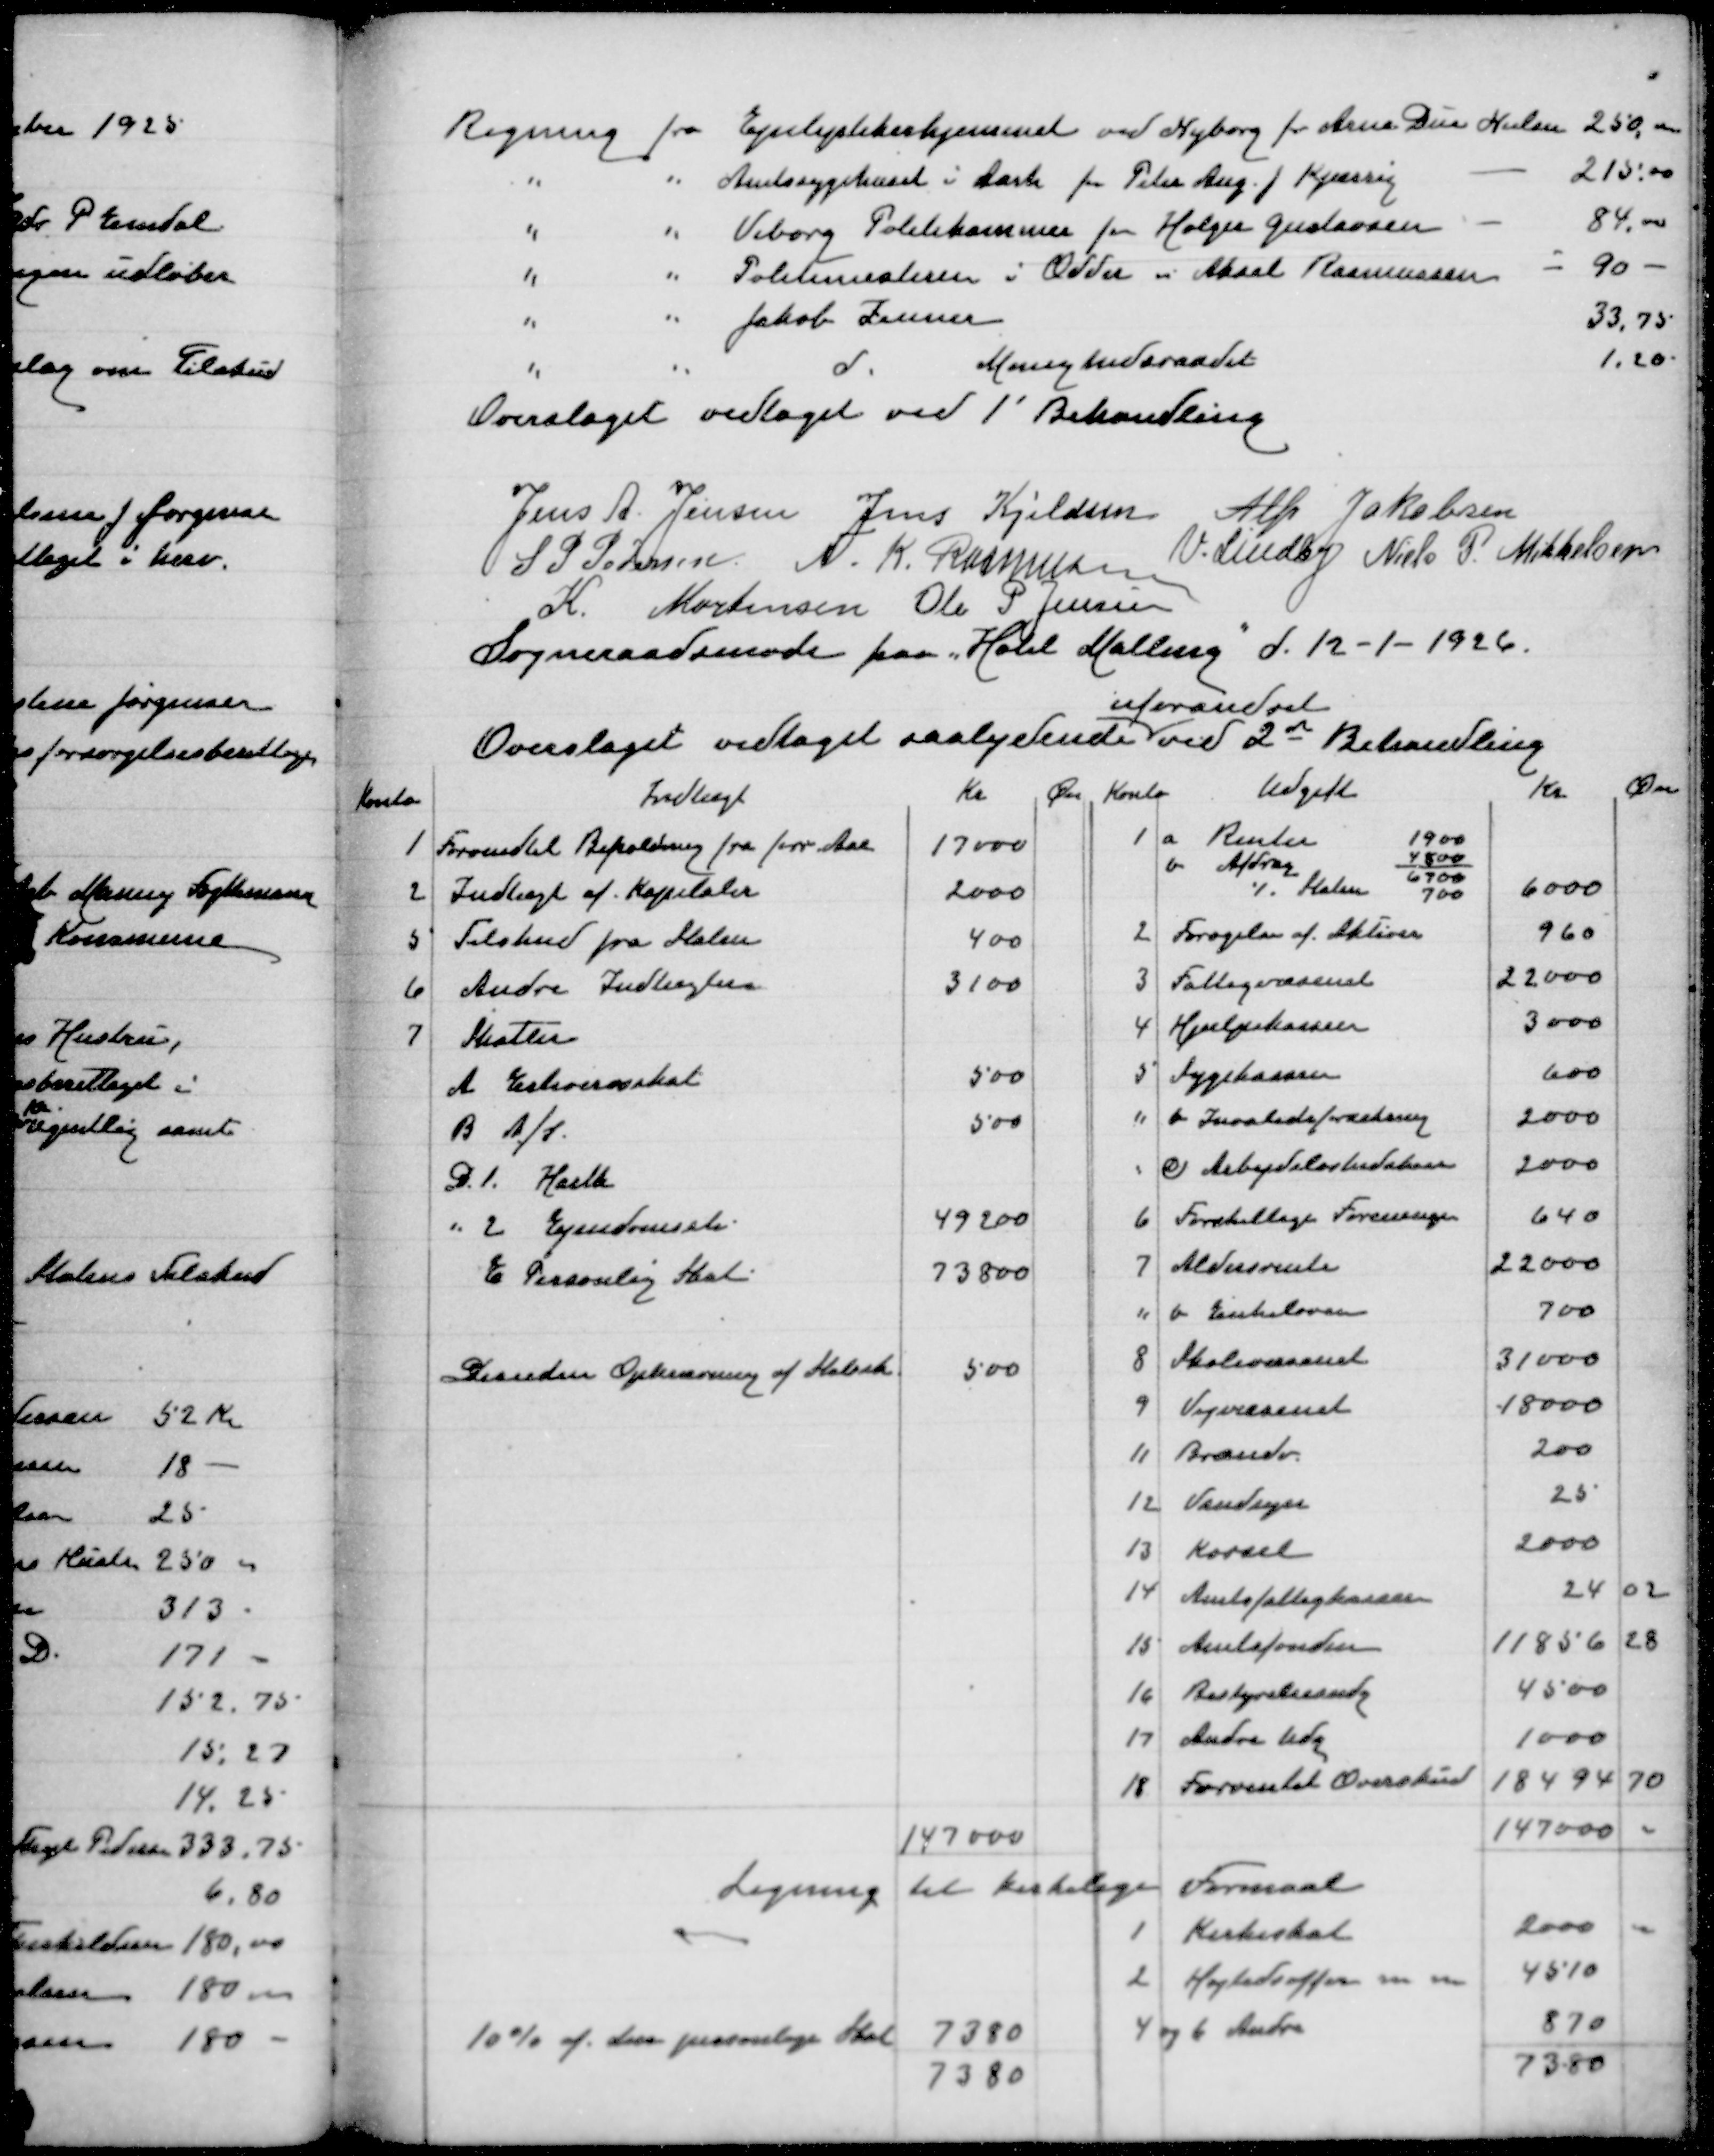
Transskription:
Regning fra Epileptikerhjemmet ved Nyborg for Arne Due Nielsen
250,00
" " Amtssygehuset i Aarh for Peter Aug J Kjærsig
215,00
" " Viborg Politikammer for Holger Gustavsen
84,00
" " Politimesteren i Odder " Aksel Rasmussen
90
" " Jakob Zeuner
33,75
" " d Menighedsraadet
1,20
Overslaget vedtaget ved 1' Behandling

Jens A Jensen
Jens Kjeldsen
Alfr Jakobsen
S P Pedersen
N K Rasmussen
V Lindby
Niels P Mikkelsen
K Mortensen
Ole P Jensen
Sogneraadsmøde paa "Hotel Malling" d 12-1-1926
uforandret
Overslaget vedtaget ved 2d Behandling